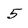
Character: 5